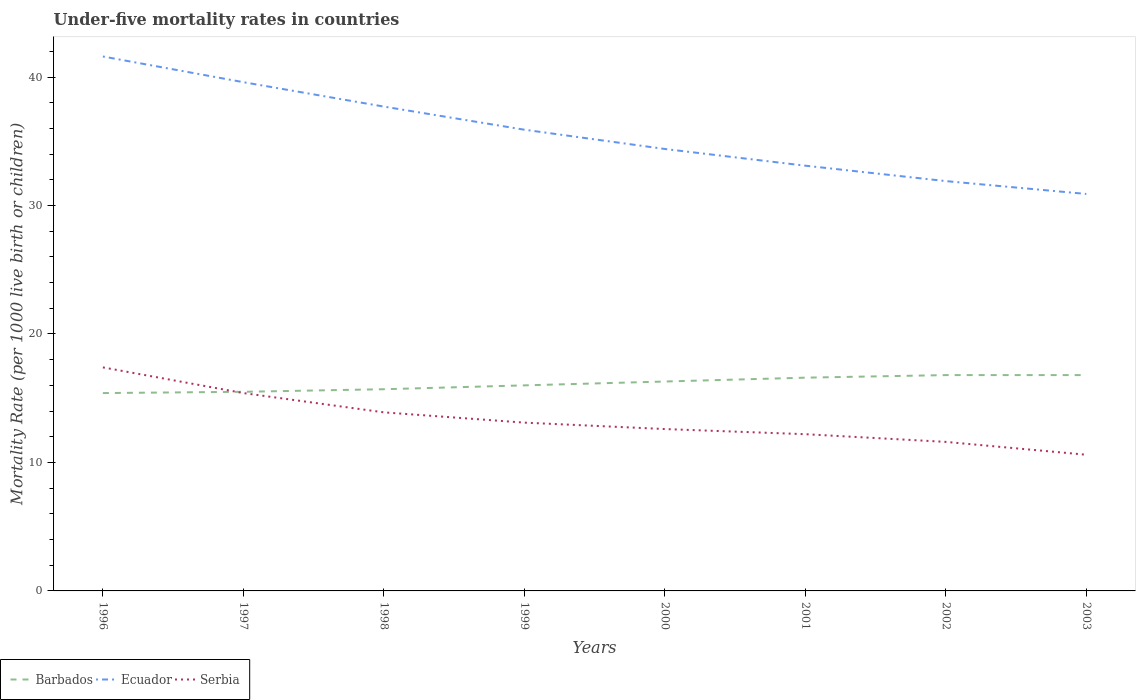
| Years | Barbados | Ecuador | Serbia |
 | --- | --- | --- | --- |
 | 1996 | 15.4 | 41.6 | 17.4 |
 | 1997 | 15.5 | 39.6 | 15.4 |
 | 1998 | 15.7 | 37.7 | 13.9 |
 | 1999 | 16 | 35.9 | 13.1 |
 | 2000 | 16.3 | 34.4 | 12.6 |
 | 2001 | 16.6 | 33.1 | 12.2 |
 | 2002 | 16.8 | 31.9 | 11.6 |
 | 2003 | 16.8 | 30.9 | 10.6 |